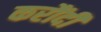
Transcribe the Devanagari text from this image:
करौंदी